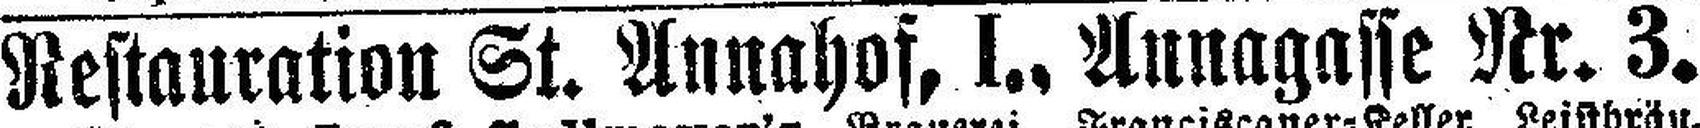
Restauration St. Annahof, I., Annagasse Nr. 3.